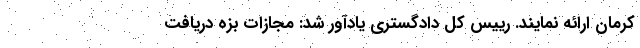
کرمان ارائه نمایند. رییس کل دادگستری یادآور شد: مجازات بزه دریافت